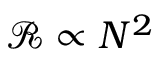
\mathcal { R } \propto N ^ { 2 }